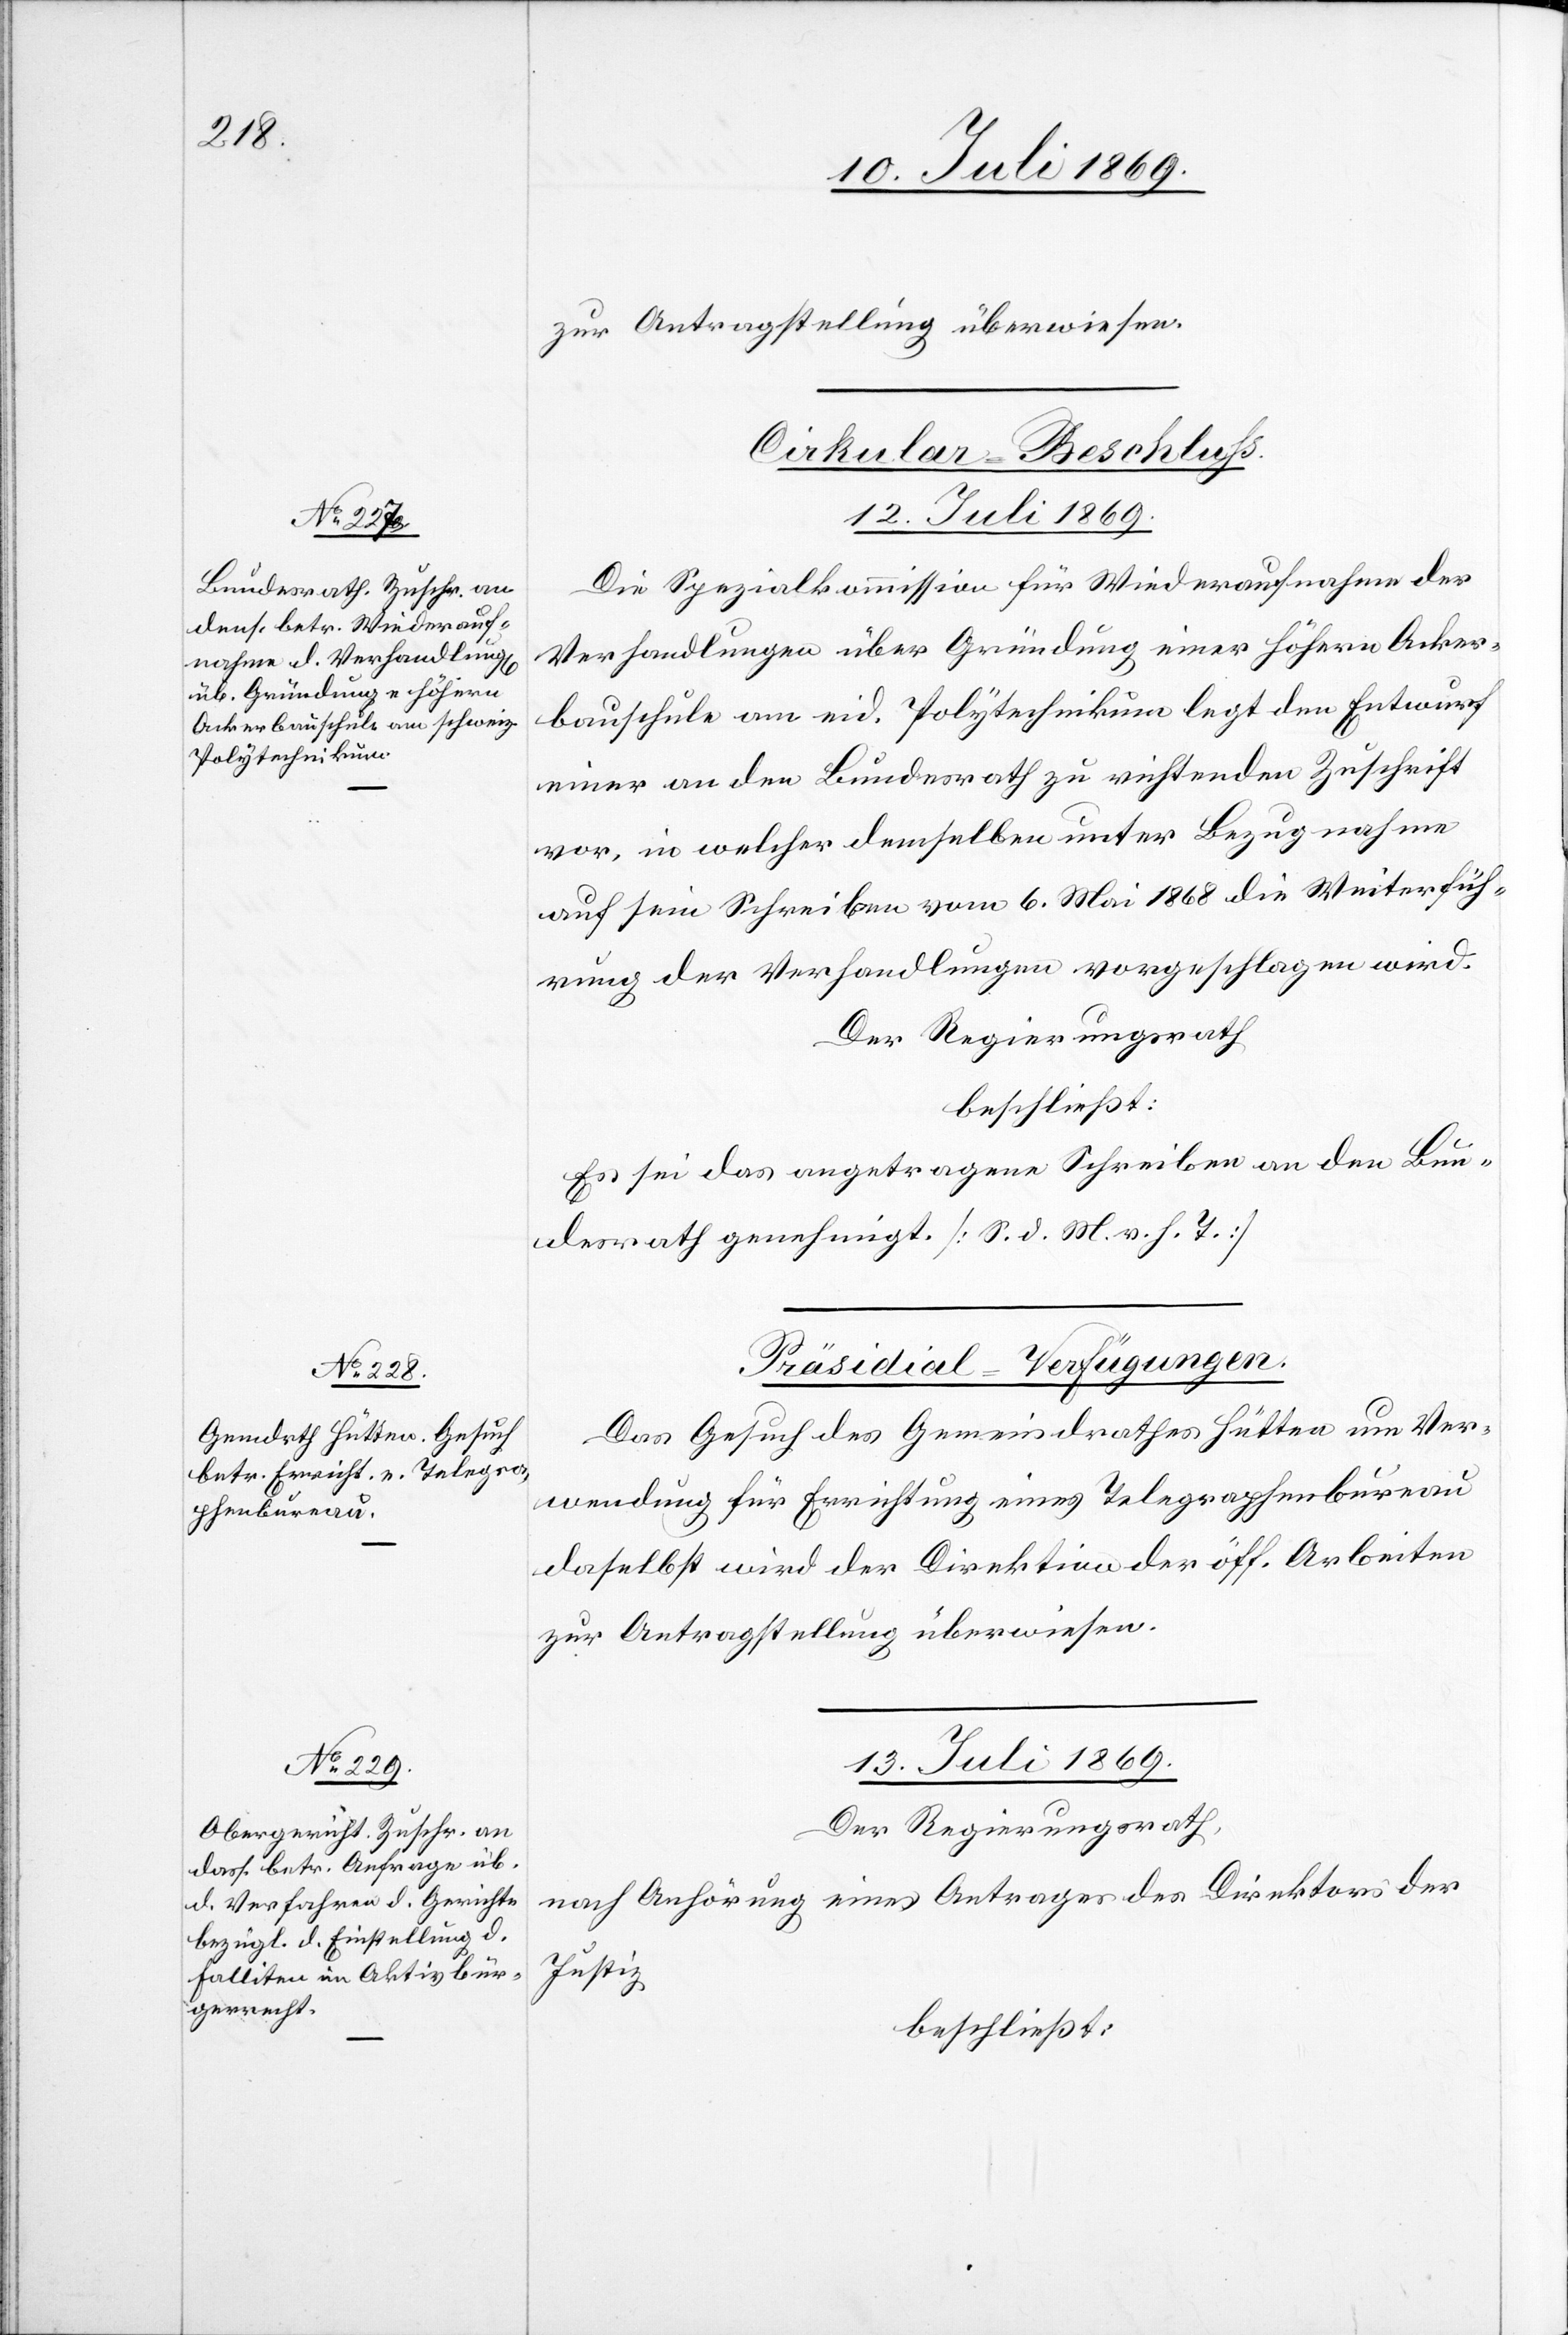
zur Antragstellung überwiesen.
Cirkular-Beschluss.
13. Juli 1869.
Die Spezialkommission für Wiederaufnahme der
Verhandlungen über Gründung einer höhern Acker¬
bauschule am eid. Polytechnikum legt der Entwurf
einer an den Bundesrath zu richtenden Zuschrift
vor, in welcher demselben unter Bezugnahme
auf sein Schreiben vom 6. Mai 1868 die Weiterfüh¬
rung der Verhandlungen vorgeschlagen wird.
Der Regierungsrath
beschließt:
Es sei das angetragene Schreiben an den Bu¬
ndesrath genehmigt [S. d. M. v. h. T.]
[Präsidial-Verfügungen.]
Das Gesuch des Gemeindrathes Hütten um Ver¬
wendung für Errichtung eines Telegraphenbureau
daselbst wird der Direktion der öff. Arbeiten
zur Antragstellung überwiesen.
Der Regierungsrath,
nach Anhörung eines Antrages der Direktion der
Justiz,
beschließt: